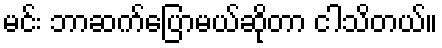
မင်း ဘာဆက်ပြောမယ်ဆိုတာ ငါသိတယ်။